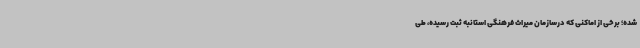
شده؛ برخی از اماکنی که درسازمان میراث فرهنگی استانبه ثبت رسیده، طی